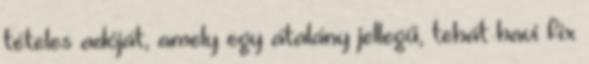
tételes adóját, amely egy átalány jellegű, tehát havi fix